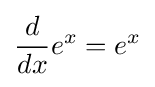
{\frac {d}{dx}}e^{x}=e^{x}